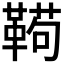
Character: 𱁸